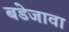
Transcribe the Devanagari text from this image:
बडेजावा